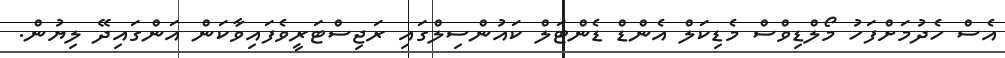
އެސް ހެދުމަށްފަހު މޯލްޑިވްސް މެޑިކަލް އެންޑް ޑެންޓަލް ކައުންސިލްގައި ރަޖިސްޓަރީވެފައިވާކަން އަންގައިދޭ ލިޔުން.